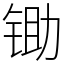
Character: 锄